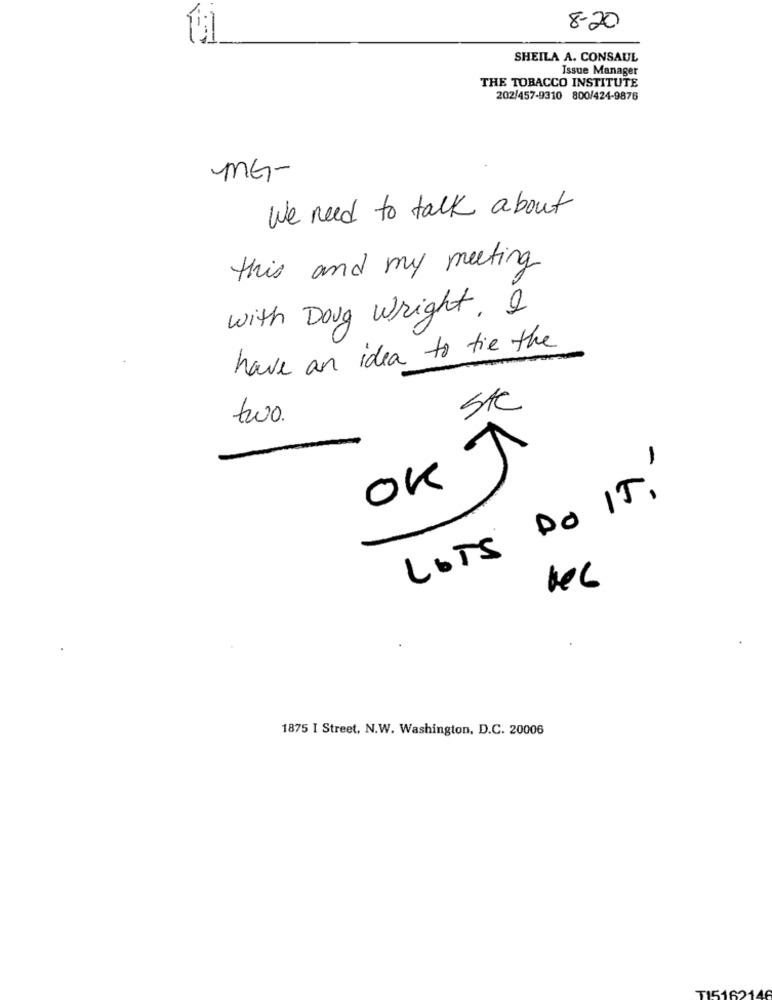
8-20
SHEILA A. CONSAUL
Issue Manager
THE TOBACCO INSTITUTE
202/457-9310 800/424-9876
MG-
We need to talk about
this and my meeting
with Doug Wright. I
have an idea to tie the
SKC
two.
OK
LOTS DO IT!
1875 I Street, N.W. Washington, D.C. 20006